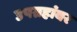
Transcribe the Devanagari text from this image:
उपग्रहांवर